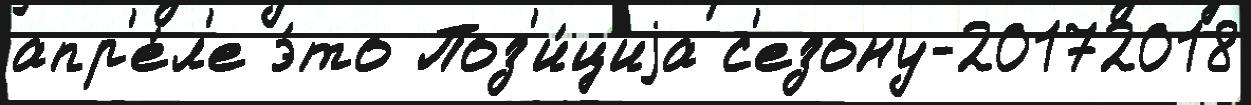
апр'е́л'е э́то Поз'и́циjа с'езону-20172018